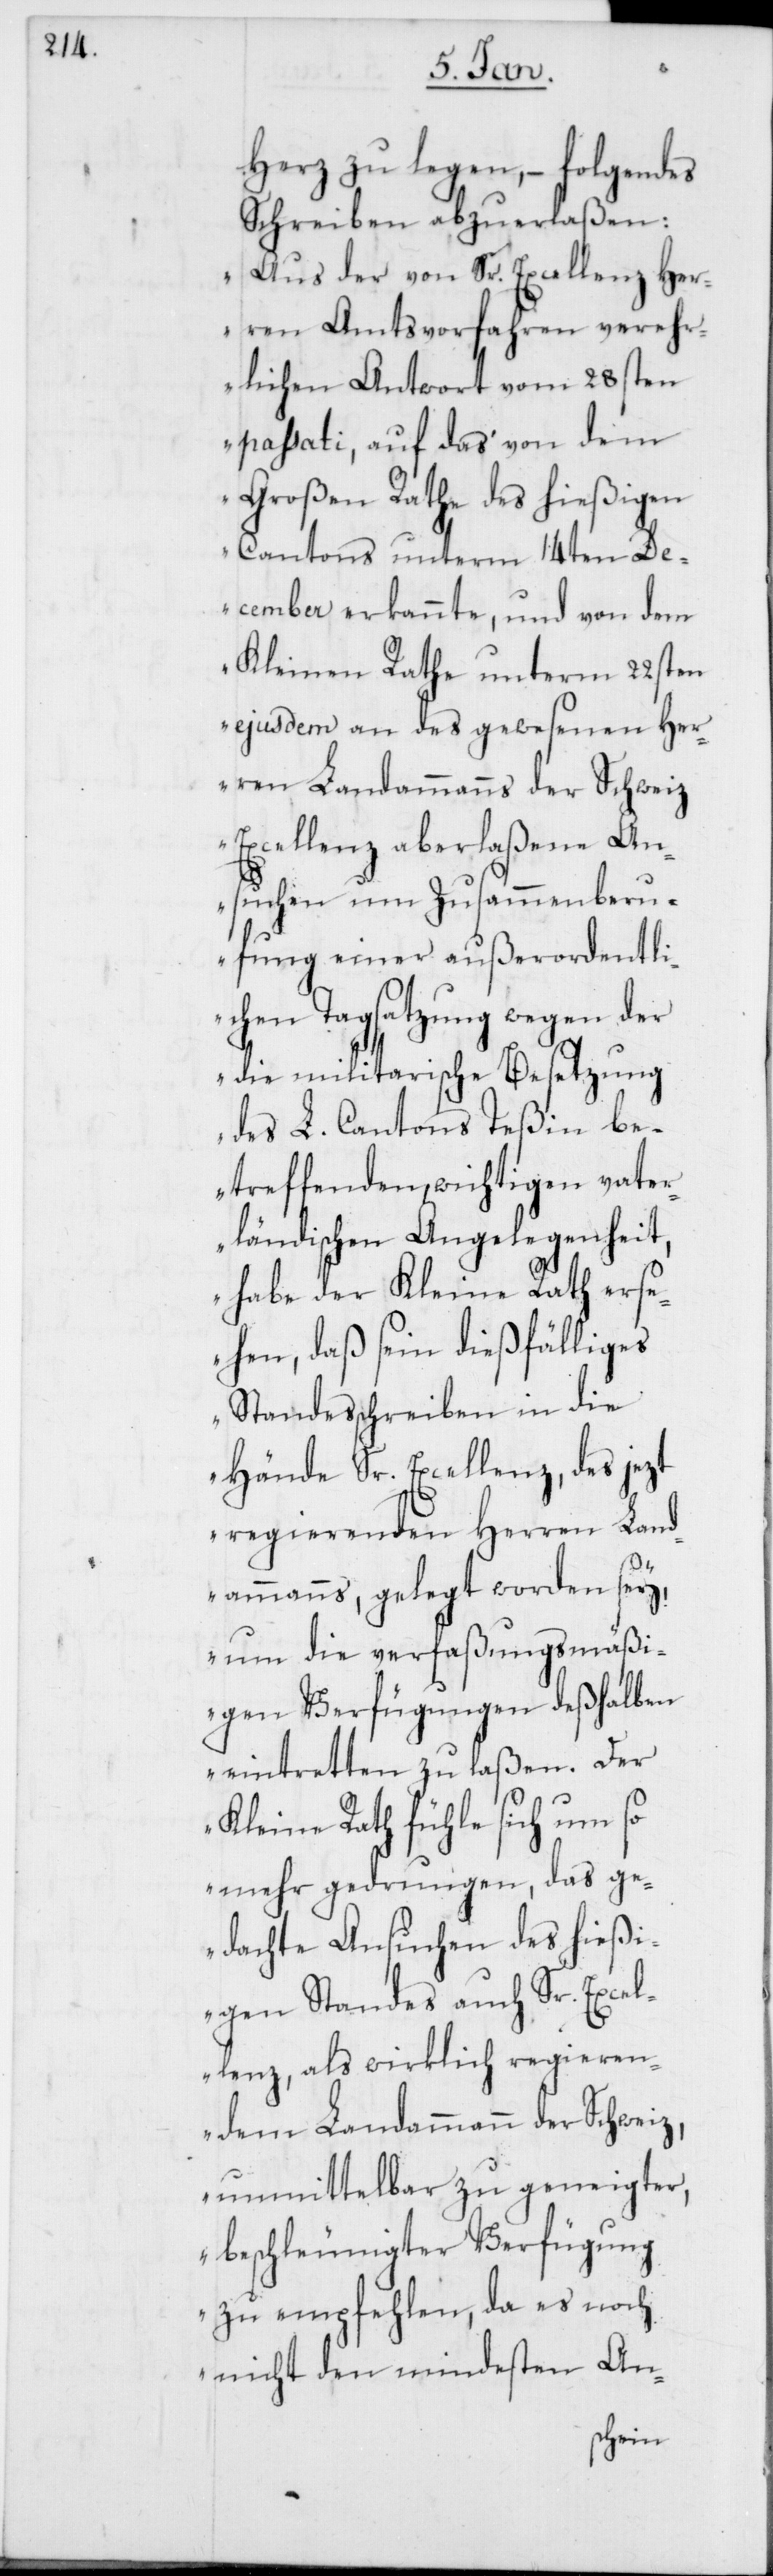
Herz zu legen, – folgendes
Schreiben abzuerlaßen:
„Aus der von Sr. Excellenz Her¬
ren Amtsvorfahren verehr¬
lichen Antwort vom 28sten
passati, auf das von dem
Großen Rathe des hießigen
Cantons unterm 14ten D¬
ecember erkannte, und von dem
Kleinen Rathe unterm 22sten
ejusdem an des gewesenen Her¬
dem Landammann der Schweiz,
Excellenz aberlaßene An¬
suchen um Zusammenberu¬
fung einer außerordentli¬
chen Tagsatzung wegen der
die militarische Besetzung
des L. Cantons Teßin be¬
treffenden, wichtigen vater¬
ländischen Angelegenheit,
habe der Kleine Rath ers¬
ehen, daß sein dießfälliges
Standesschreiben in die
Hände Sr. Excellenz, des jezt
regierenden Herren Land¬
ammanns, gelegt worden sey,
um die verfaßungsmäßi¬
gen Verfügungen deßhalben
eintretten zu laßen. Der
Kleine Rath fühle sich um so
mehr gedrungen, das ge¬
dachte Ansuchen des hießi¬
gen Standes auch Sr. Excel¬
lenz, als wirklich regieren¬
unmittelbar zu geneigter,
beschleunigter Verfügung
zu empfehlen, da es noch
nicht den mindesten An-